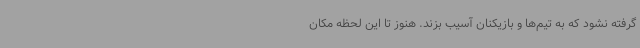
گرفته نشود که به تیم‌ها و بازیکنان آسیب بزند. هنوز تا این لحظه مکان